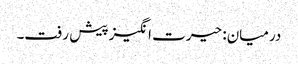
درمیان: حیرت انگیز پیش رفت۔